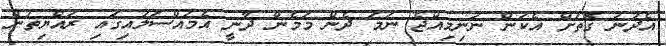
އެދުނު ގޮތަށް އެކަން ނުނިމިއްޖެ ނަމަ ދެން މަމެން ދާނީ އެމައްސަލައިގައި ރައްޔިތުން